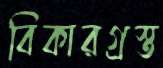
বিকারগ্রস্ত